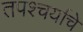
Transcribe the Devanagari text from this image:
तपश्चर्याचे